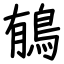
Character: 䳑